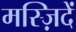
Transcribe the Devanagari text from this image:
मस्ज़िदें